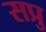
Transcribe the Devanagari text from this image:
सप्रु